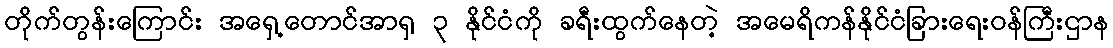
တိုက်တွန်းကြောင်း အရှေ့တောင်အာရှ ၃ နိုင်ငံကို ခရီးထွက်နေတဲ့ အမေရိကန်နိုင်ငံခြားရေးဝန်ကြီးဌာန